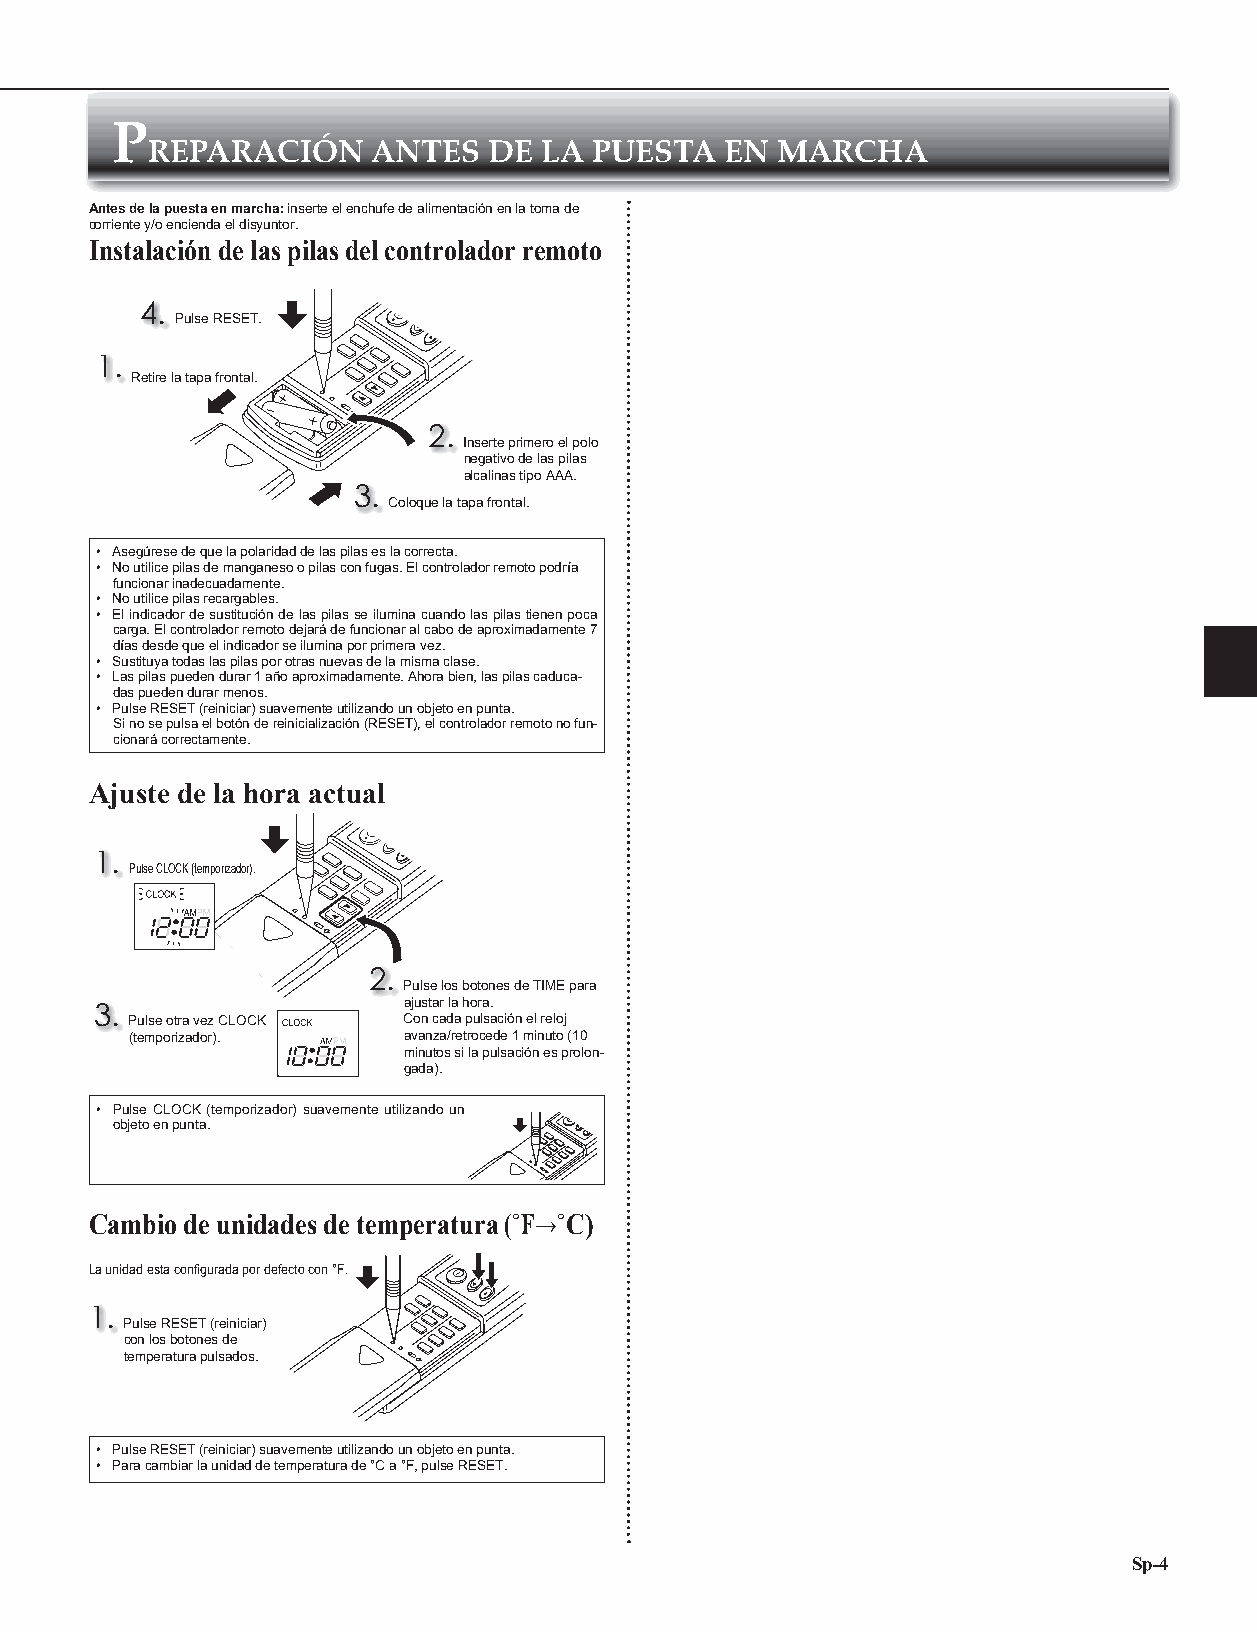
P
 REPARACIÓN     ANTES  DE  LA PUESTA   EN MARCHA
 Antes de la puesta en marcha: inserte el enchufe de alimentación en la toma de
 corriente y/o encienda el disyuntor.
 Instalación de las pilas del controlador remoto
 4.
 Pulse RESET.
 1.
 Retire la tapa frontal.
 2.
 Inserte primero el polo
 negativo de las pilas
 alcalinas tipo AAA.
 3.
 Coloque la tapa frontal.
 • Asegúrese de que la polaridad de las pilas es la correcta.
 • No utilice pilas de manganeso o pilas con fugas. El controlador remoto podría
 funcionar inadecuadamente.
 • No utilice pilas recargables.
 • El indicador de sustitución de las pilas se ilumina cuando las pilas tienen poca
 carga. El controlador remoto dejará de funcionar al cabo de aproximadamente 7
 días desde que el indicador se ilumina por primera vez.
 • Sustituya todas las pilas por otras nuevas de la misma clase.
 • Las pilas pueden durar 1 año aproximadamente. Ahora bien, las pilas caduca-
 das pueden durar menos.
 • Pulse RESET (reiniciar) suavemente utilizando un objeto en punta.
 Si no se pulsa el botón de reinicialización (RESET), el controlador remoto no fun-
 cionará correctamente.
 Ajuste de la hora actual
 1.
 Pulse CLOCK (temporizador).
 2.
 Pulse los botones de TIME para
 ajustar la hora.
 3.
 Pulse otra vez CLOCK Con cada pulsación el reloj
 (temporizador).   avanza/retrocede 1 minuto (10
 minutos si la pulsación es prolon-
 gada).
 • Pulse CLOCK (temporizador) suavemente utilizando un
 objeto en punta.
 Cambio de unidades de temperatura (˚F→˚C)
 La unidad esta confi gurada por defecto con °F.
 1.
 Pulse RESET (reiniciar)
 con los botones de
 temperatura pulsados.
 • Pulse RESET (reiniciar) suavemente utilizando un objeto en punta.
 • Para cambiar la unidad de temperatura de °C a °F, pulse RESET.
 Sp-4
 JG79Y191H02_es.indd 4                                                     2019/07/17 15:36:14